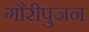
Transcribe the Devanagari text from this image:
गौरीपुजन